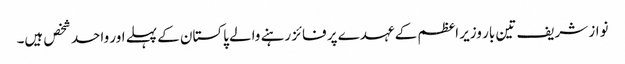
نواز شریف تین بار وزیر اعظم کے عہدے پر فائز رہنے والے پاکستان کے پہلے اور واحد شخص ہیں۔